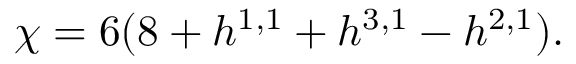
\chi = 6 ( 8 + h ^ { 1 , 1 } + h ^ { 3 , 1 } - h ^ { 2 , 1 } ) .